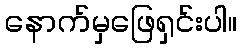
နောက်မှဖြေရှင်းပါ။